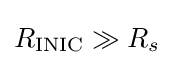
R_{\text{INIC}}\gg R_{s}